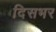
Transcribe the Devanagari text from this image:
दिसभर